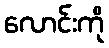
လောင်းကို